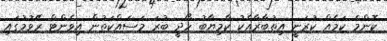
ކޮންމެ ކަމެއް ކުރަނީ އިތުބާރާއެކު ކާމިޔާބު ހޯދީ ބުރަ މަސައްކަތުން އިވެންޓް ރޭވުމުގައި